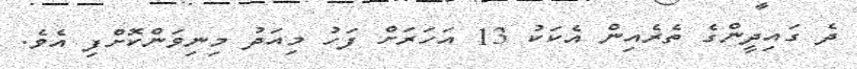
ދެ ގައިދީންގެ ތެރެއިން އެކަކު 13 އަހަރަށް ފަހު މިއަދު މިނިވަންކޮށްފި އެވެ.